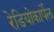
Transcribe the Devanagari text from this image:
रेडियोकार्पेल